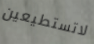
لاتستطيعين